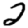
Digit: 2